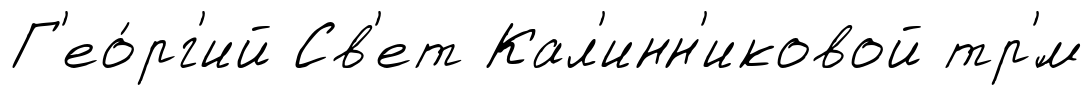
Г'ео́рг'ий Св'ет Кал'инн'иковой тр'́м